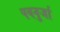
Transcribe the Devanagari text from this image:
पवनुर्जा